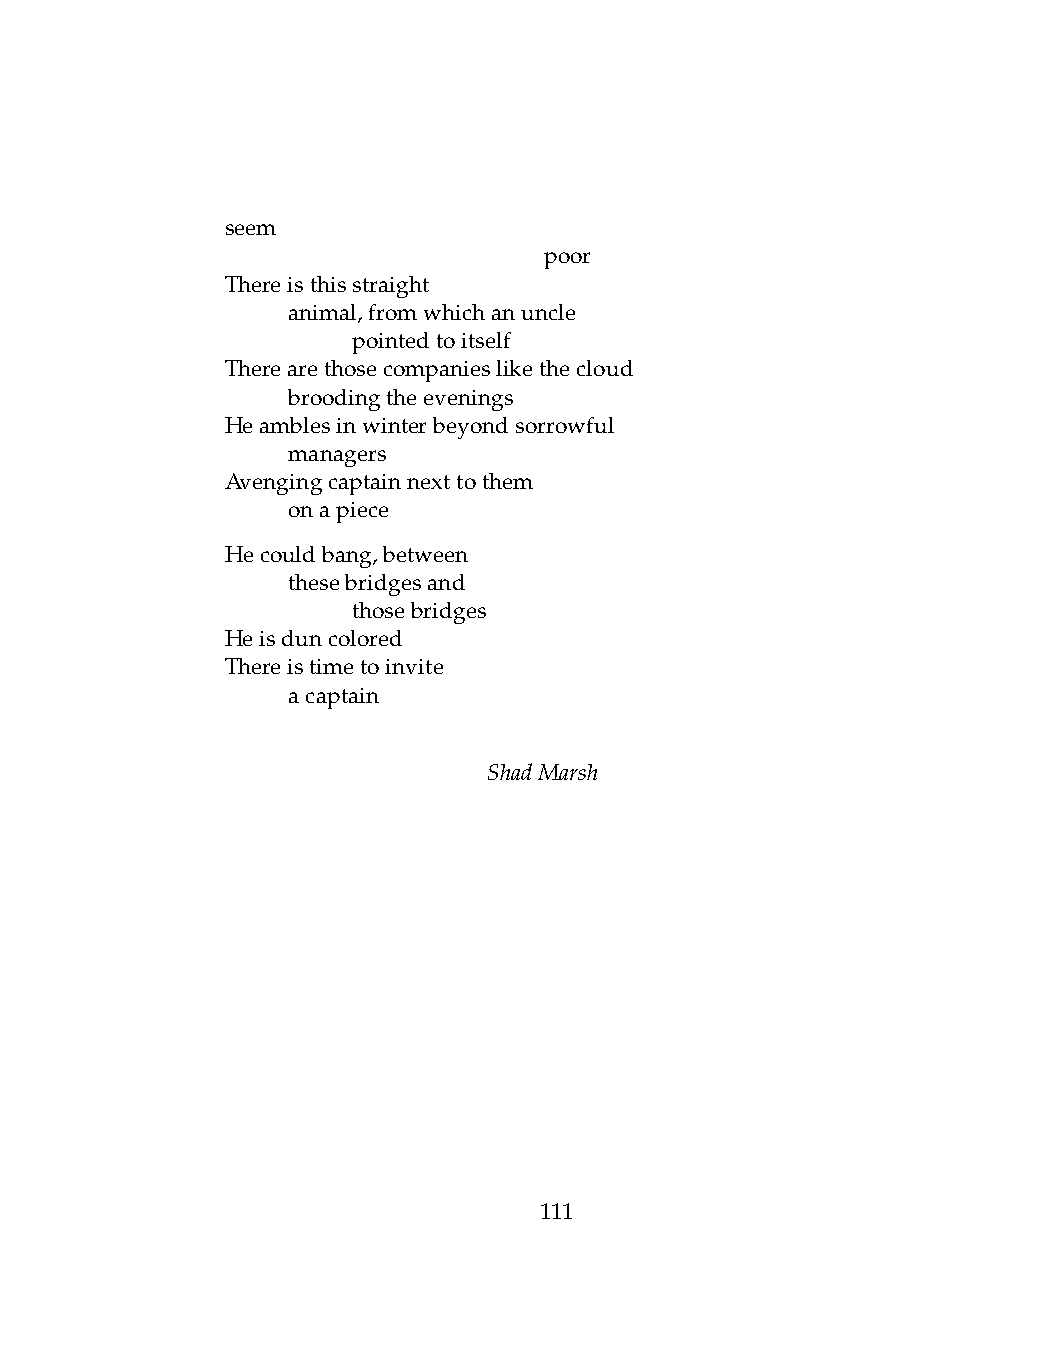
seem
 .   .   .    .   .   poor
 Thereisthisstraight
 .   animal,fromwhichanuncle
 .   .   pointedtoitself
 Therearethosecompanieslikethecloud
 .   broodingtheevenings
 Heamblesinwinterbeyondsorrowful
 .   managers
 Avengingcaptainnexttothem
 .   onapiece
 Hecouldbang,between
 .   thesebridgesand
 .   .   thosebridges
 Heisduncolored
 Thereistimetoinvite
 .   acaptain
 ShadMarsh
 111